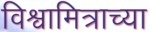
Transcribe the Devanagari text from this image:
विश्वामित्राच्या